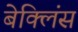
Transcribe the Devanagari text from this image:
बेक्लिंस